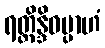
ရတ္တိန္ဒိဝမ္ပာဟံ